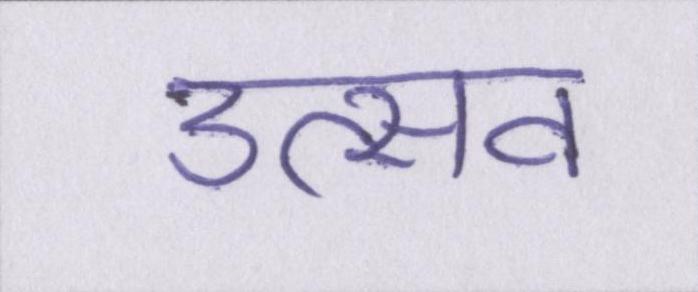
उत्सव